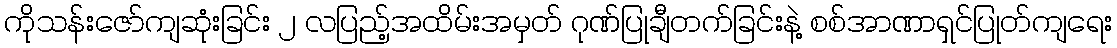
ကိုသန်းဇော်ကျဆုံးခြင်း ၂ လပြည့်အထိမ်းအမှတ် ဂုဏ်ပြုချီတက်ခြင်းနဲ့ စစ်အာဏာရှင်ပြုတ်ကျရေး